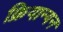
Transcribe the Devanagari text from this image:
क्रियान्यन